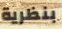
بنظرية